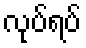
လုပ်ရပ်